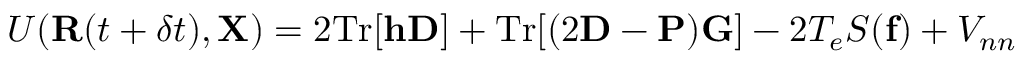
{ \cal U } ( { \bf R } ( t + \delta t ) , { \bf X } ) = 2 \mathrm { T r } [ { \bf h } { \bf D } ] + \mathrm { T r } [ ( 2 { \bf D } - { \bf P } ) { \bf G } ] - 2 T _ { e } { \cal S } ( { \bf f } ) + V _ { n n }